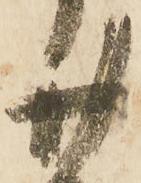
廿